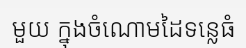
មួយ ក្នុងចំណោមដៃទន្លេធំ